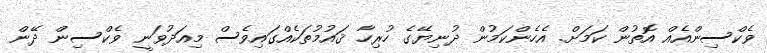
ވެކްސިންއެއް އޮތުން ކަމަށް. އެހެންކަމުން ދުނިޔޭގެ ހުރިހާ ޤައުމުތަކެއްގައިވެސް މިއަދުވަނީ ވެކްސިން ދޭން